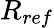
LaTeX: R_{ref}